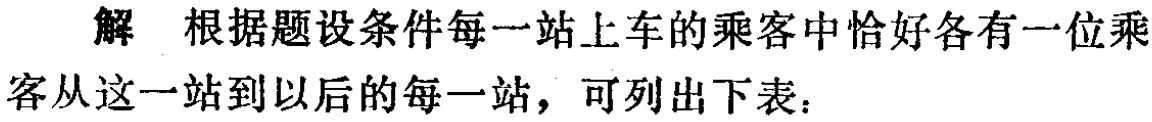
解 根据题设条件每一站上车的乘客中恰好各有一位乘客从这一站到以后的每一站，可列出下表：